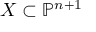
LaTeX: X \subset \mathbb { P } ^ { n + 1 }